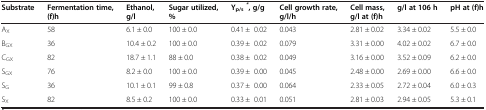
<table><thead><tr><td><b>Substrate</b></td><td><b>Fermentation time,</b></td><td><b>Ethanol,</b></td><td><b>Sugar utilized,</b></td><td><b>Y<sub>p/s</sub><sup><i>*</i></sup>, g/g</b></td><td><b>Cell growth rate,</b></td><td><b>Cell mass,</b></td><td><b>g/l at 106 h</b></td><td><b>pH at (f)h</b></td></tr><tr><td><b> </b></td><td><b>(f)h</b></td><td><b>g/l</b></td><td><b>%</b></td><td><b> </b></td><td><b>g/l/h</b></td><td><b>g/l at (f)h</b></td><td><b> </b></td><td><b> </b></td></tr></thead><tbody><tr><td>A<sub>X</sub></td><td>58</td><td>6.1 ± 0.0</td><td>100 ± 0.0</td><td>0.41 ±0.02</td><td>0.043</td><td>2.81 ± 0.02</td><td>3.34 ± 0.02</td><td>5.5 ± 0.0</td></tr><tr><td>B<sub>GX</sub></td><td>36</td><td>10.4 ± 0.2</td><td>100 ± 0.0</td><td>0.39 ±0.02</td><td>0.079</td><td>3.31 ± 0.00</td><td>4.02 ± 0.02</td><td>6.7 ± 0.0</td></tr><tr><td>C<sub>GX</sub></td><td>82</td><td>18.7 ± 1.1</td><td>88 ± 0.0</td><td>0.38 ±0.02</td><td>0.049</td><td>3.16 ± 0.00</td><td>3.52 ± 0.09</td><td>6.2 ± 0.0</td></tr><tr><td>S<sub>GX</sub></td><td>76</td><td>8.2 ± 0.0</td><td>100 ± 0.0</td><td>0.39 ±0.00</td><td>0.045</td><td>2.48 ± 0.00</td><td>2.69 ± 0.00</td><td>6.6 ± 0.0</td></tr><tr><td>S<sub>G</sub></td><td>36</td><td>10.1 ± 0.1</td><td>99 ± 0.8</td><td>0.37 ±0.00</td><td>0.064</td><td>2.33 ± 0.05</td><td>2.72 ± 0.04</td><td>6.0 ± 0.3</td></tr><tr><td>S<sub>X</sub></td><td>82</td><td>8.5 ± 0.2</td><td>100 ± 0.0</td><td>0.33 ±0.01</td><td>0.051</td><td>2.81 ± 0.03</td><td>2.94 ± 0.05</td><td>5.3 ± 0.1</td></tr></tbody></table>